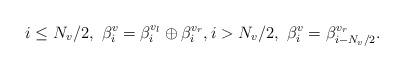
LaTeX: \begin{align*} i \leq N_v/2, \ \beta_i^v = \beta_i^{v_l} \oplus \beta_i^{v_r}, i > N_v/2, \ \beta_i^v = \beta^{v_r}_{i-N_v/2}.\end{align*}